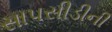
સાપસીડીની